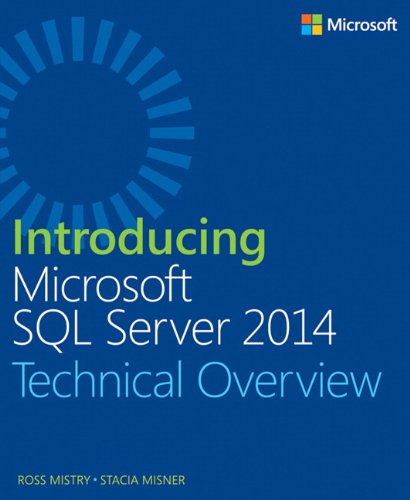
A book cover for Introducing Microsoft SQL Server 2014; Ross Mistry; Computers & Technology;